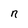
Character: n